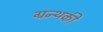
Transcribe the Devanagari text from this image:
ग्रन्थकी